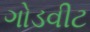
ગોડવીટ